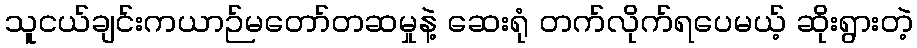
သူငယ်ချင်းကယာဉ်မတော်တဆမှုနဲ့ ဆေးရုံ တက်လိုက်ရပေမယ့် ဆိုးရွားတဲ့